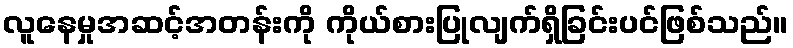
လူနေမှုအဆင့်အတန်းကို ကိုယ်စားပြုလျက်ရှိခြင်းပင်ဖြစ်သည်။